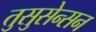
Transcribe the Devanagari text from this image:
तुसुसेन्सन